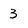
Character: 3